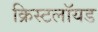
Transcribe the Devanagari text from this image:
क्रिस्टलॉयड